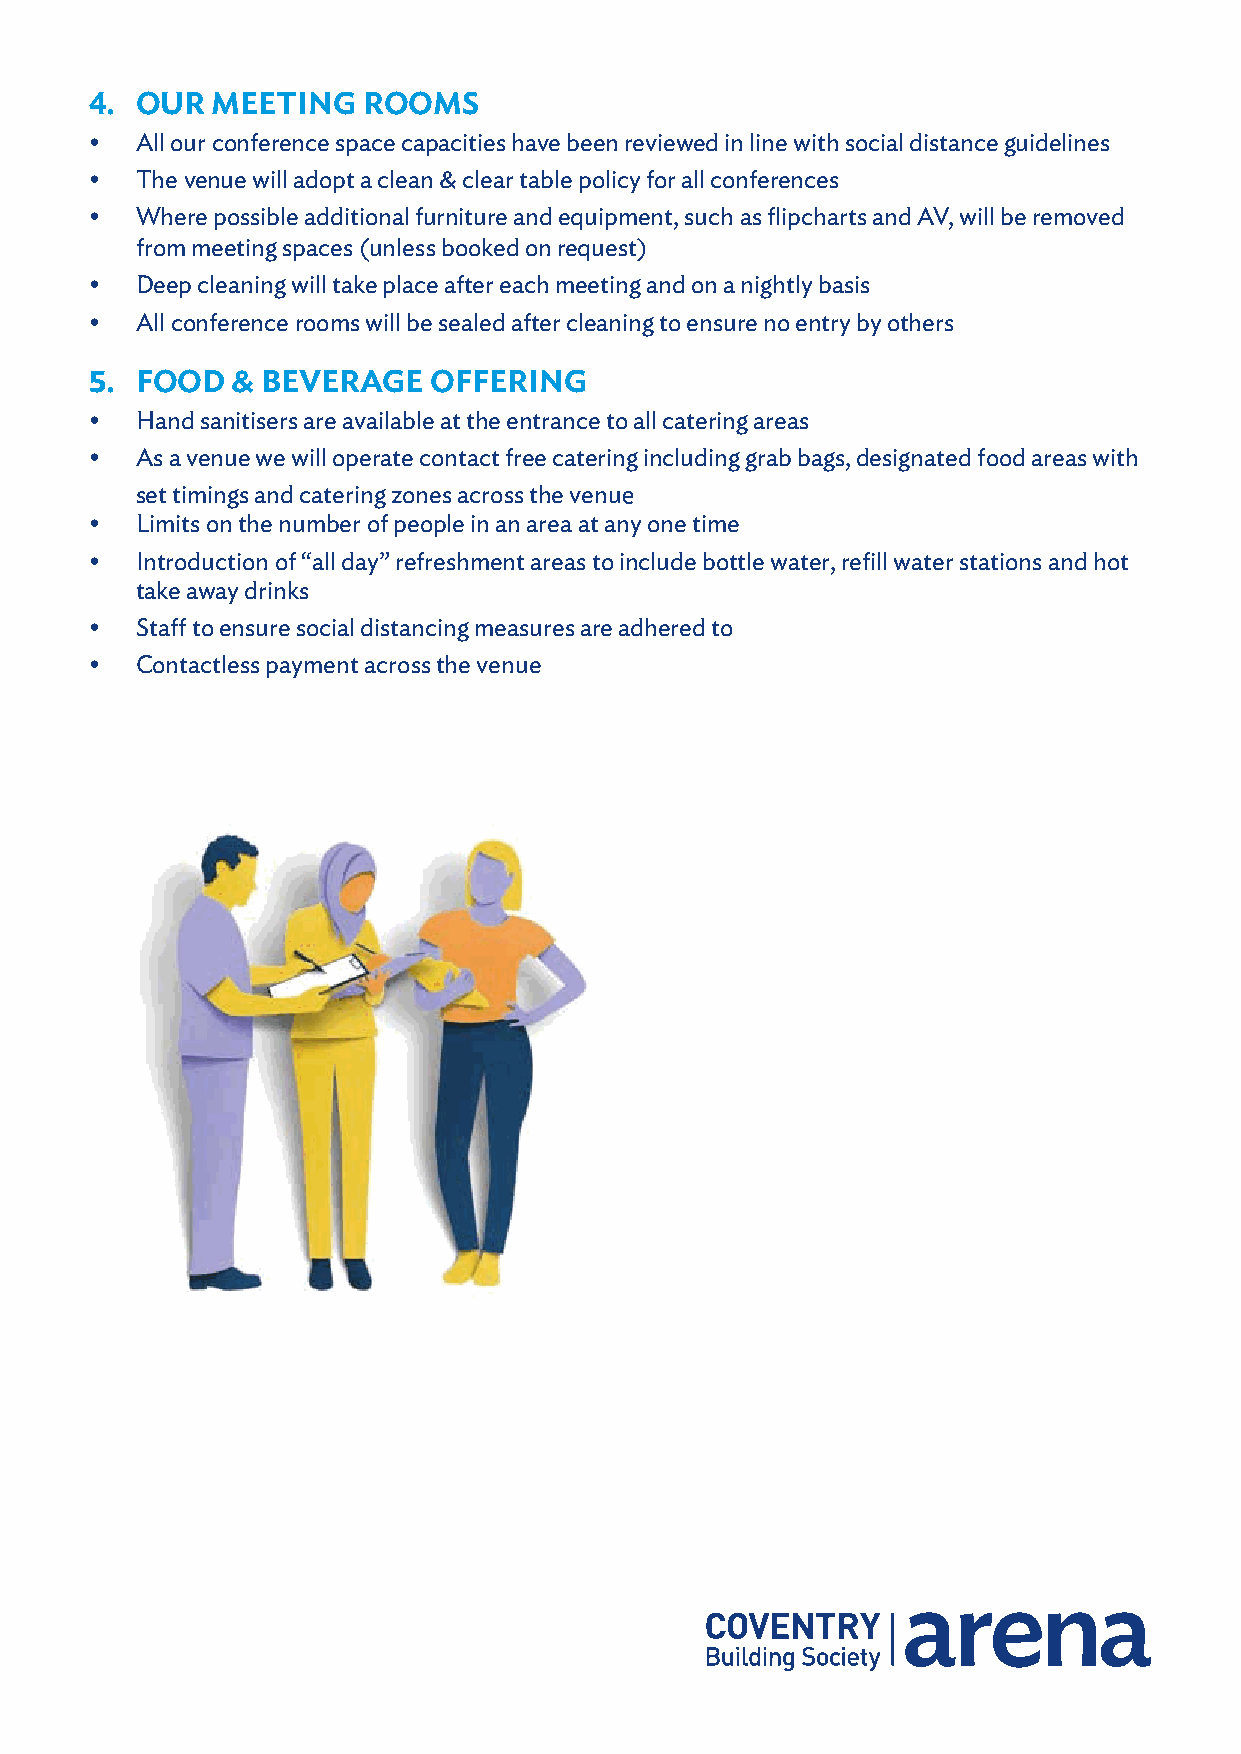
4. OUR  MEETING   ROOMS
 •  All our conference space capacities have been reviewed in line with social distance guidelines
 •  The venue will adopt a clean & clear table policy for all conferences
 •  Where possible additional furniture and equipment, such as flipcharts and AV, will be removed
 from meeting spaces (unless booked on request)
 •  Deep cleaning will take place after each meeting and on a nightly basis
 •  All conference rooms will be sealed after cleaning to ensure no entry by others
 5. FOOD  & BEVERAGE   OFFERING
 •  H and sanitisers are available at the entrance to all catering areas
 •  As a venue we will operate contact free catering including grab bags, designated food areas with
 set timings and catering zones across the venue
 •  Limits on the number of people in an area at any one time
 •  Introduction of “all day” refreshment areas to include bottle water, refill water stations and hot
 take away drinks
 •  Staff to ensure social distancing measures are adhered to
 •  Contactless payment across the venue